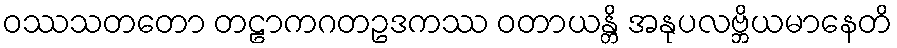
ဝဿသတတော တဠာကဂတဥဒကဿ ဝတာယန္တိ အနုပလဗ္ဘိယမာနေတိ